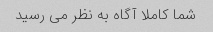
شما کاملا آگاه به نظر می رسید